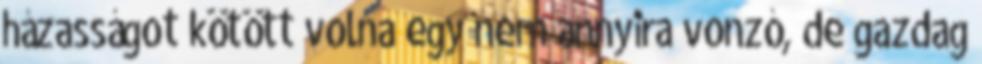
házasságot kötött volna egy nem annyira vonzó, de gazdag